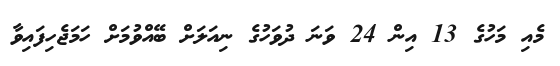
މެއި މަހުގެ 13 އިން 24 ވަނަ ދުވަހުގެ ނިއަލަށް ބޭއްވުމަށް ހަމަޖެހިފައިވާ